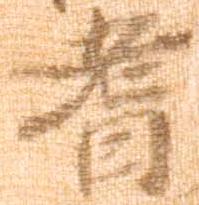
耆